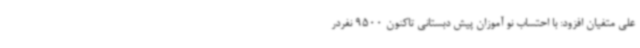
علی متفیان افزود: با احتساب نو آموزان پیش دبستانی تاکنون 9500 نفردر